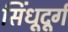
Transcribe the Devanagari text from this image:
सिंधूदूर्ग